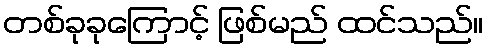
တစ်ခုခုကြောင့် ဖြစ်မည် ထင်သည်။